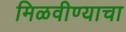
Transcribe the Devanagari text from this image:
मिळवीण्याचा